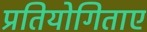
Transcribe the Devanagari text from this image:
प्रतियोगिताए